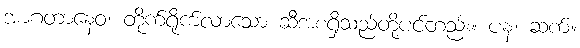
အာဂတာနေဝ၊ တိုက်ရိုက်လာသော ဆီအစရှိသည်တို့ပင်တည်း။ ပန၊ ဆက်။